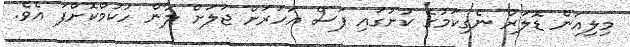
މިލިއަން ޑޮލަރު ނެގިކަމުގެ ކުށުގައި ފަސް އަހަރަށް ޖަލަށް ލާން ހުކުމްކޮށްފަ އެވެ.